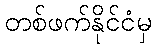
တစ်ဖက်နိုင်ငံမှ